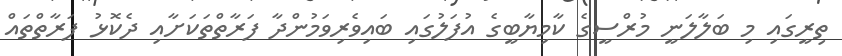
ތިރީގައި މި ބަލާލަނީ މުރްސީގެ ކާމިޔާބީގެ އުފަލުގައި ބައިވެރިވަމުންދާ ފަރާތްތަކަށާއި ދެކޮޅު ފަރާތްތައް